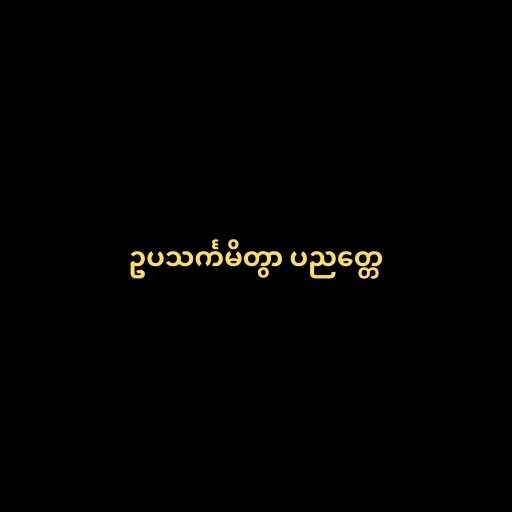
ဥပသင်္ကမိတွာ ပညတ္တေ